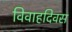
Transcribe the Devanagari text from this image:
विवाहदिवस